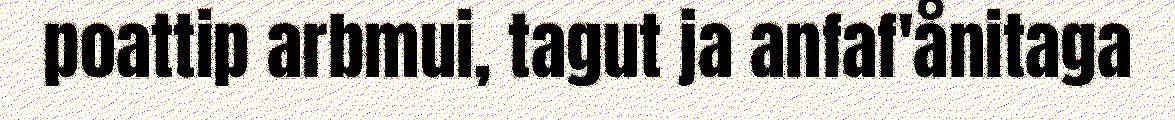
poattip arbmui, tagut ja anfaf'ånitaga